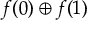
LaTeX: f ( 0 ) \oplus f ( 1 )